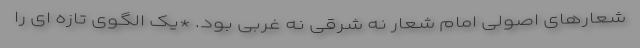
شعارهای اصولی امام شعار نه شرقی نه غربی بود. *یک الگوی تازه ای را